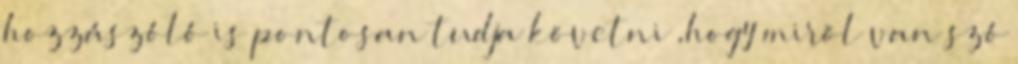
hozzászóló is pontosan tudja követni ,hogy miröl van szó